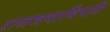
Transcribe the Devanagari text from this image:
राजत्रयाधिपति